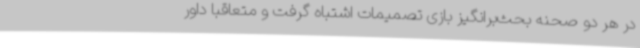
در هر دو صحنه بحث‌برانگیز بازی تصمیمات اشتباه گرفت و متعاقبا داور